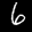
Label: 6